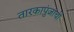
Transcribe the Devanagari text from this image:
तारकापुंजांची